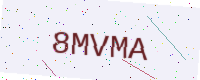
Text: 8MVMA